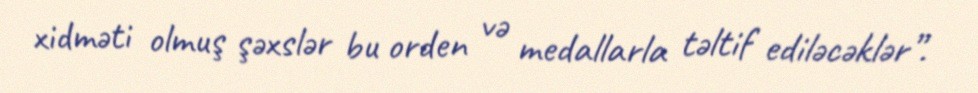
xidməti olmuş şəxslər bu orden və medallarla təltif ediləcəklər”.